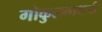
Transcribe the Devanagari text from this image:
गोकुलनाथजी